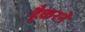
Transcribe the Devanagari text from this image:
हैकरने